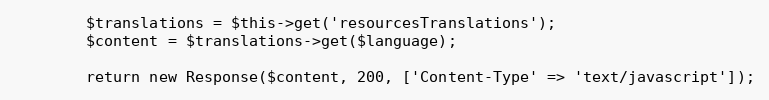
Language: PHP
        $translations = $this->get('resourcesTranslations');
        $content = $translations->get($language);

        return new Response($content, 200, ['Content-Type' => 'text/javascript']);